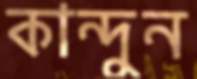
কান্দুন